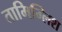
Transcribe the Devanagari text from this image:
तामिग्लिश